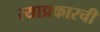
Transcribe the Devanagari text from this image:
त्याप्रकारची